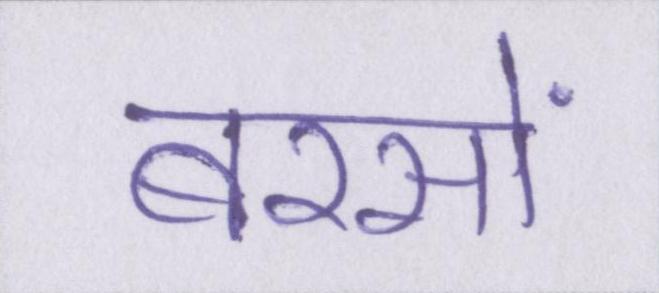
बरसों